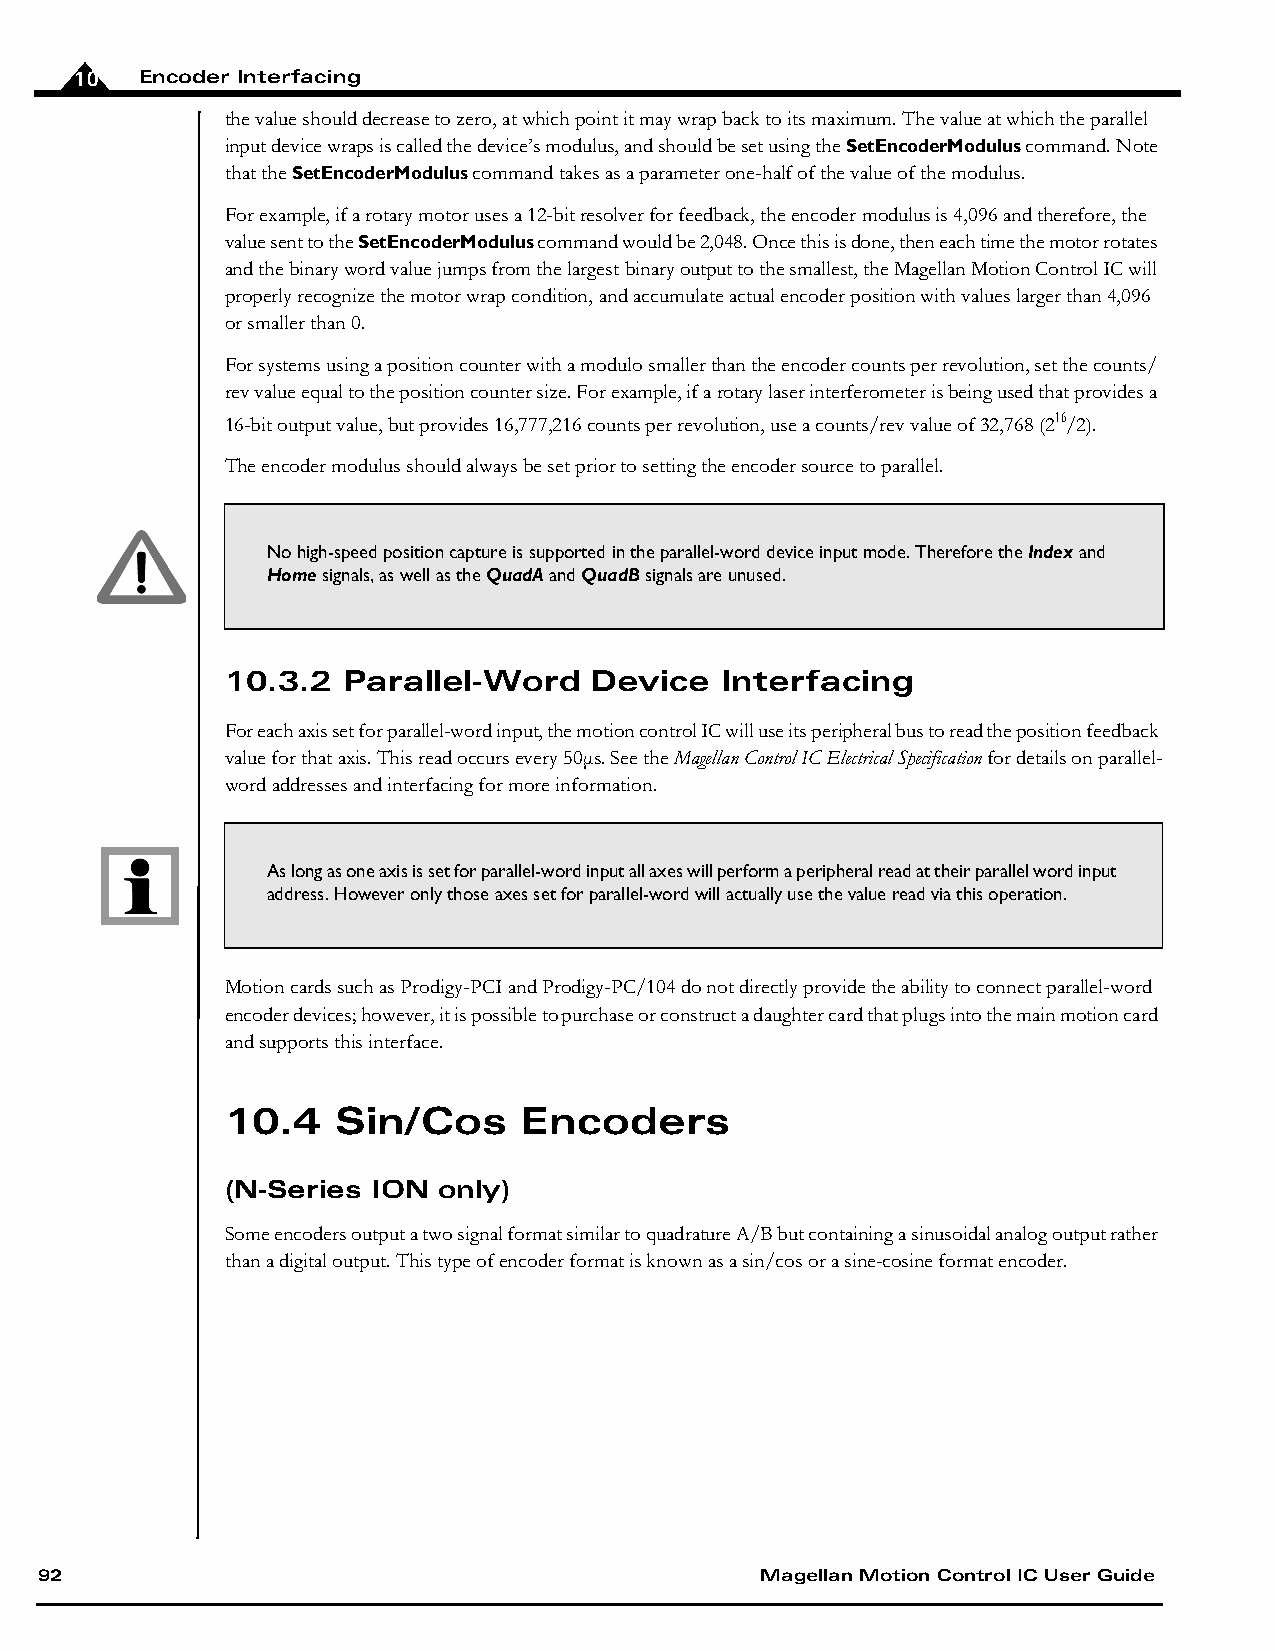
10  Encoder Interfacing
 the value should decrease to zero, at which point it may wrap back to its maximum. The value at which the parallel
 input device wraps is called the device’s modulus, and should be set using the SetEncoderModulus command. Note
 that the SetEncoderModulus command takes as a parameter one-half of the value of the modulus.
 For example, if a rotary motor uses a 12-bit resolver for feedback, the encoder modulus is 4,096 and therefore, the
 value sent to the SetEncoderModulus command would be 2,048. Once this is done, then each time the motor rotates
 and the binary word value jumps from the largest binary output to the smallest, the Magellan Motion Control IC will
 properly recognize the motor wrap condition, and accumulate actual encoder position with values larger than 4,096
 or smaller than 0.
 For systems using a position counter with a modulo smaller than the encoder counts per revolution, set the counts/
 rev value equal to the position counter size. For example, if a rotary laser interferometer is being used that provides a
 16-bit output value, but provides 16,777,216 counts per revolution, use a counts/rev value of 32,768 (216/2).
 The encoder modulus should always be set prior to setting the encoder source to parallel.
 No high-speed position capture is supported in the parallel-word device input mode. Therefore the Index and
 Home signals, as well as the QuadA and QuadB signals are unused.
 10.3.2  Parallel-Word   Device   Interfacing
 For each axis set for parallel-word input, the motion control IC will use its peripheral bus to read the position feedback
 value for that axis. This read occurs every 50μs. See the Magellan Control IC Electrical Specification for details on parallel-
 word addresses and interfacing for more information.
 As long as one axis is set for parallel-word input all axes will perform a peripheral read at their parallel word input
 address. However only those axes set for parallel-word will actually use the value read via this operation.
 Motion cards such as Prodigy-PCI and Prodigy-PC/104 do not directly provide the ability to connect parallel-word
 encoder devices; however, it is possible to purchase or construct a daughter card that plugs into the main motion card
 and supports this interface.
 10.4   Sin/Cos      Encoders
 (N-Series ION only)
 Some encoders output a two signal format similar to quadrature A/B but containing a sinusoidal analog output rather
 than a digital output. This type of encoder format is known as a sin/cos or a sine-cosine format encoder.
 92                                              Magellan Motion Control IC User Guide